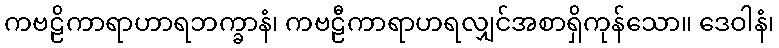
ကဗဠိကာရာဟာရဘက္ခာနံ၊ ကဗဠီကာရာဟရလျှင်အစာရှိကုန်သော။ ဒေဝါနံ၊